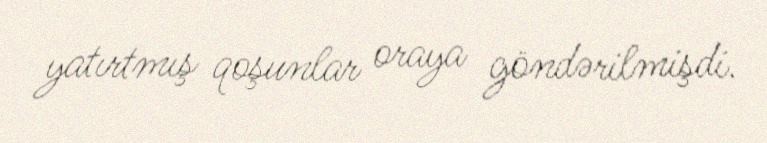
yatırtmış qoşunlar oraya göndərilmişdi.